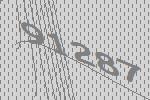
91287